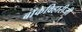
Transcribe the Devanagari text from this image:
बाँकेविहारीजी